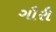
ગૌરી